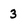
Character: 3